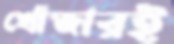
খোঁজারই